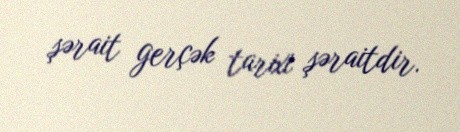
şərait gerçək tarixi şəraitdir.